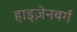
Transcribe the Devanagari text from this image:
हाइज़ेनबर्ग